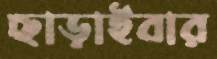
ছাড়াইবার